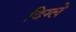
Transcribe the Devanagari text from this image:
दिग्ले